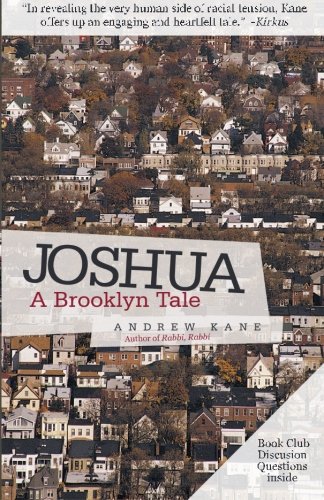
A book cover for Joshua: A Brooklyn Tale; Andrew Kane; Literature & Fiction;